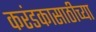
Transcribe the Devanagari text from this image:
करंडकासाठीच्या